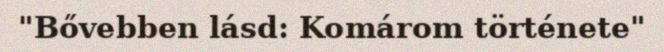
"Bővebben lásd: Komárom története"